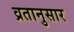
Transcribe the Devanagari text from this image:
व्रतानुसार